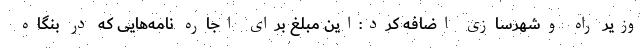
وزیر راه وشهرسازی اضافه کرد:این مبلغ برای اجاره نامه‌هایی که در بنگاه